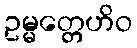
ဥမ္မတ္တေဟိဝ